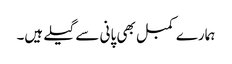
ہمارے کمبل بھی پانی سے گیلے ہیں۔